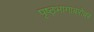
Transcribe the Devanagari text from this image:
पृष्ठ्भागाबरोबर